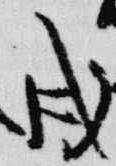
戌